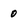
Character: 0